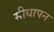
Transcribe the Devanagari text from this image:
सीधापन